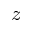
z